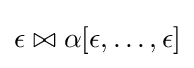
\epsilon \bowtie \alpha [\epsilon ,\dots ,\epsilon ]